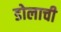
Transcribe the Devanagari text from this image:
डोलाची